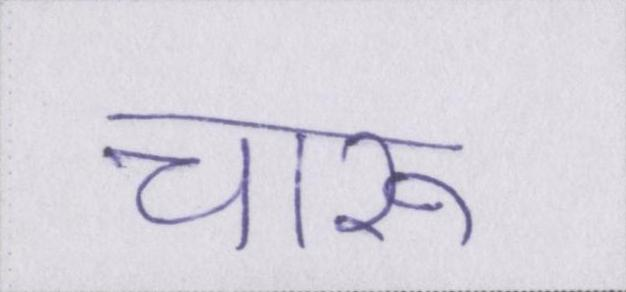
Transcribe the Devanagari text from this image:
चारू